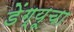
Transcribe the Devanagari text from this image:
डेंग्यूचा